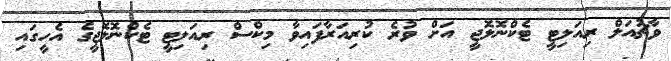
ވާޗުއަލް ރިއަލިޓީ ޓެކްނޮލޮޖީ އަށް ވުރެ ކުރިއަރާފައިވާ މިކްސް ރިއަލިޓީ ޓެކްނޮލޮޖީގެ އެހީގައި